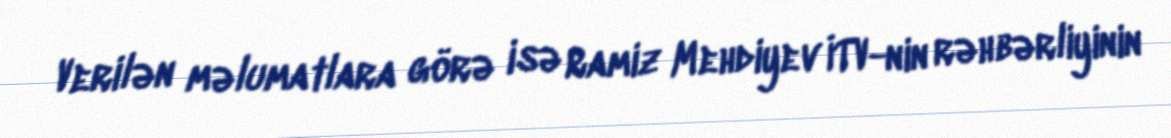
Verilən məlumatlara görə isə Ramiz Mehdiyev İTV-nin rəhbərliyinin